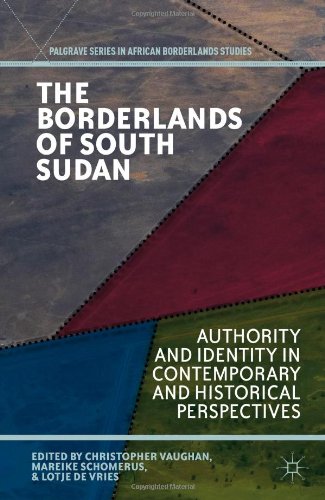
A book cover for The Borderlands of South Sudan: Authority and Identity in Contemporary and Historical Perspectives (Palgrave Series in African Borderlands Studies); History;